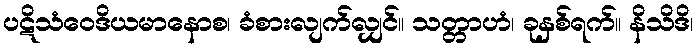
ပဋိသံဝေဒိယမာနောစ၊ ခံစားလျက်လျှင်။ သတ္တာဟံ၊ ခုနှစ်ရက်။ နိသိဒိ၊